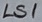
Text: LS1